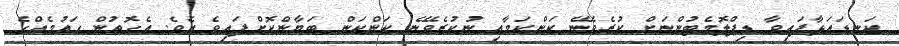
ކަނޑައަޅާފައިވާ ޑިޕްލޮމެޓުންނަށް ކުރެވޭނެ ކަންކަމާއި ނުކުރެވޭނެ ކަންކަން ބަޔާންކޮށްފައިވެ އެވެ. އެގޮތުން ގައުމެއްގެ